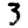
Digit: 3